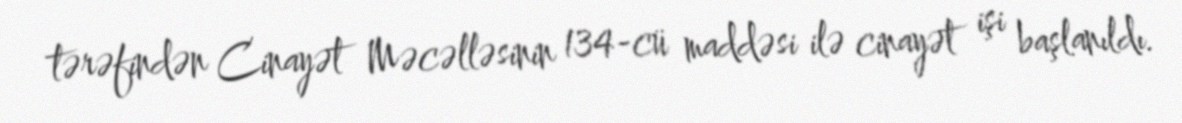
tərəfindən Cinayət Məcəlləsinin 134-cü maddəsi ilə cinayət işi başlanıldı.